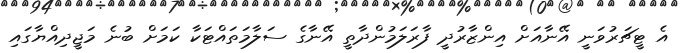
އެ ޓީޗަރުވަނީ އޭނާއަށް އިންޒާރުދީ ފާރަލަމުންދާތީ އޭނާގެ ސަލާމަތައްޓަކާ ކަމަށް ބުނެ މަޖީދިއްޔާގައި